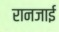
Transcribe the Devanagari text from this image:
रानजाई